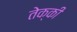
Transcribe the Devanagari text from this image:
तेक्की